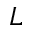
L